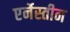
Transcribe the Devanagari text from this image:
एर्नेस्तीन